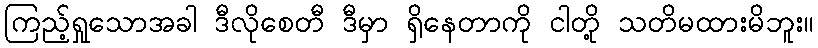
ကြည့်ရှုသောအခါ ဒီလိုစေတီ ဒီမှာ ရှိနေတာကို ငါတို့ သတိမထားမိဘူး။